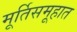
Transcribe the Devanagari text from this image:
मूर्तिसमूहात